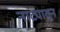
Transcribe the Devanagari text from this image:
नाट्यातून